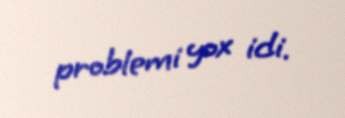
problemi yox idi.